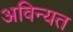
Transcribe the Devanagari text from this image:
अविन्यत